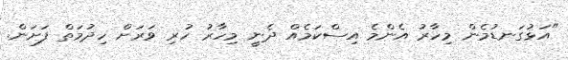
"އަޅުގަނޑުމެން މިހާރު އެންމެ އިސްކަމެއް ދެނީ މިހާރު ހުރި ވަރަށް ހިދުމަތް ފަށަން.